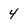
Character: 4